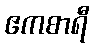
ဧကစာရီ